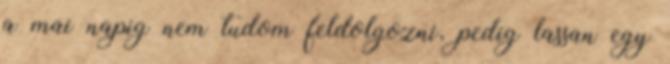
a mai napig nem tudom feldolgozni, pedig lassan egy